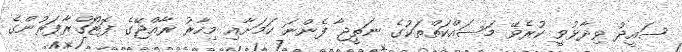
ސައީދު ވިދާޅުވީ ކުރެވޭ މަސައްކަތްތަކުގެ ނަތީޖާ ފެންނަ ކަމަށާއި މިހާރު ރާއްޖޭގެ ފޮޓޯގްރާފަރުންގެ